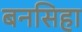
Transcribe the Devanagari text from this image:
बनसिहा